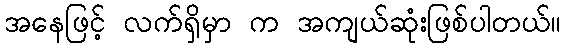
အနေဖြင့် လက်ရှိမှာ က အကျယ်ဆုံးဖြစ်ပါတယ်။